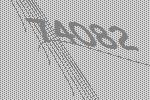
74082